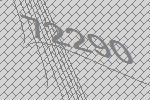
72290